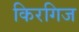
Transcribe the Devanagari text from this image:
किरगिज